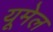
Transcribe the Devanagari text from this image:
यूमेल